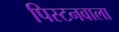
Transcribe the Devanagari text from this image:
पिस्टनवाला